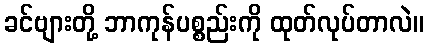
ခင်ဗျားတို့ ဘာကုန်ပစ္စည်းကို ထုတ်လုပ်တာလဲ။